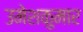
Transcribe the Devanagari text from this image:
उमेशकुमार